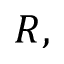
R ,